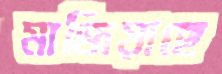
মাজিয়াছে